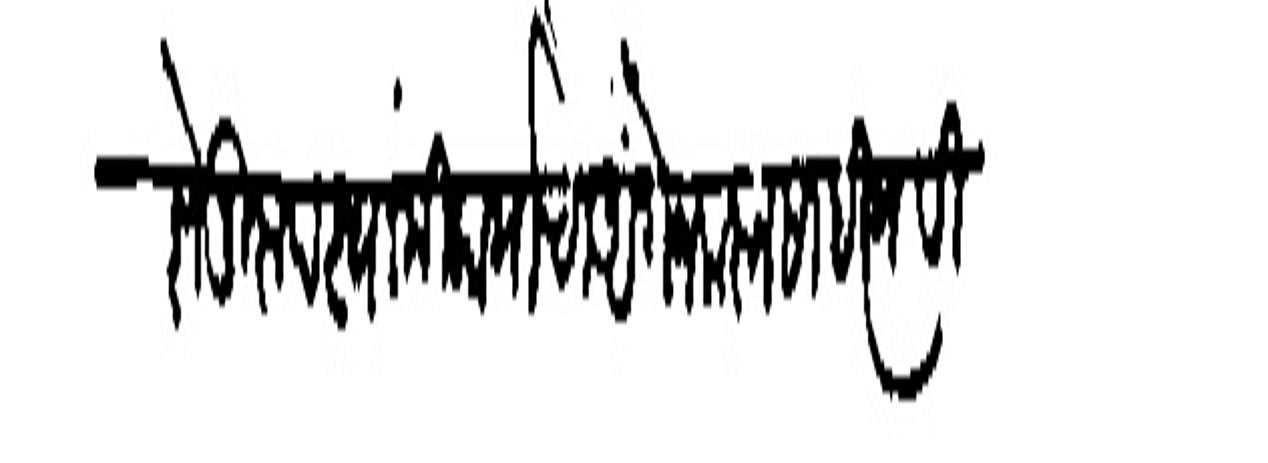
Transliteration (Devanagari): आशेनुरप स्वामी कार्याचा अंगेज करून साहित्यवि